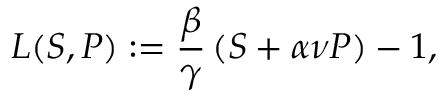
L ( S , P ) : = \frac { \beta } { \gamma } \left( S + \alpha \nu P \right) - 1 ,